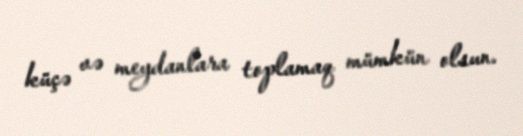
küçə və meydanlara toplamaq mümkün olsun.